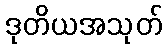
ဒုတိယအသုတ်